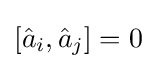
\left[{\hat {a}}_{i},{\hat {a}}_{j}\right]=0